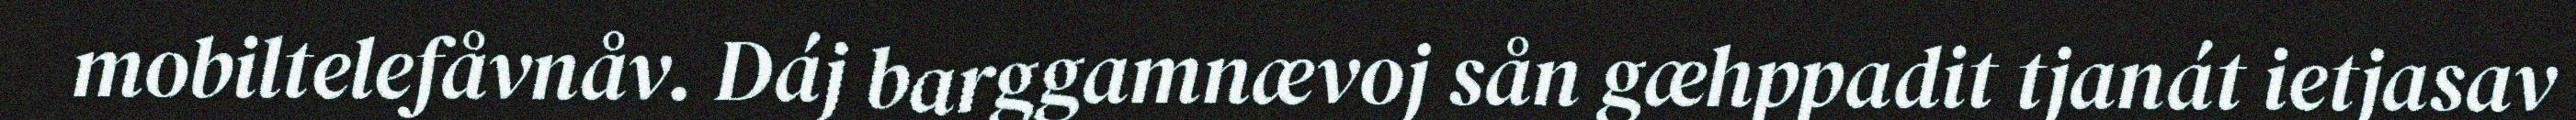
mobiltelefåvnåv. Dáj barggamnævoj sån gæhppadit tjanát ietjasav